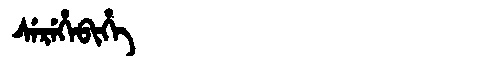
Manchu: ᠰᡝᡵᡝᡥᡝᠪᡳᡥᡝ
Romanization: SEREHEBIHE